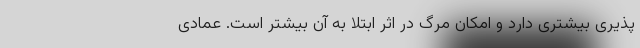
پذیری بیشتری دارد و امکان مرگ در اثر ابتلا به آن بیشتر است. عمادی